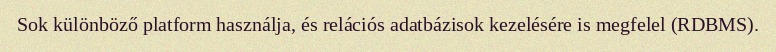
Sok különböző platform használja, és relációs adatbázisok kezelésére is megfelel (RDBMS).